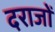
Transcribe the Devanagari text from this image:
दराजों